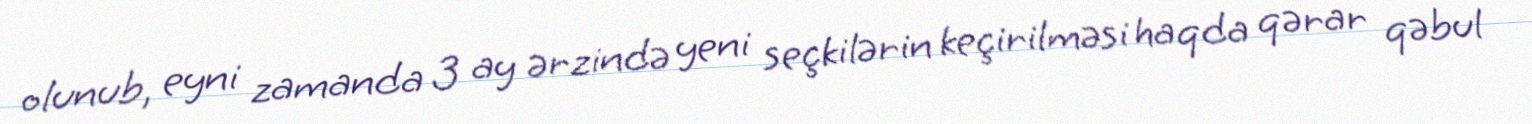
olunub, eyni zamanda 3 ay ərzində yeni seçkilərin keçirilməsi haqda qərar qəbul